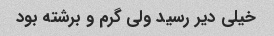
خیلی دیر رسید ولی گرم و برشته بود